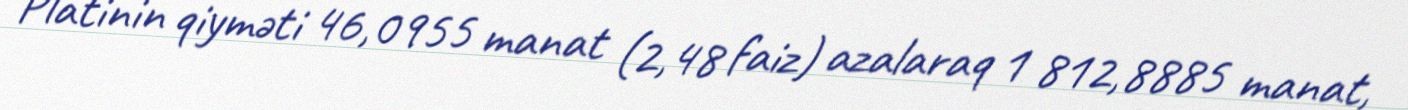
Platinin qiyməti 46,0955 manat (2,48 faiz) azalaraq 1 812,8885 manat,